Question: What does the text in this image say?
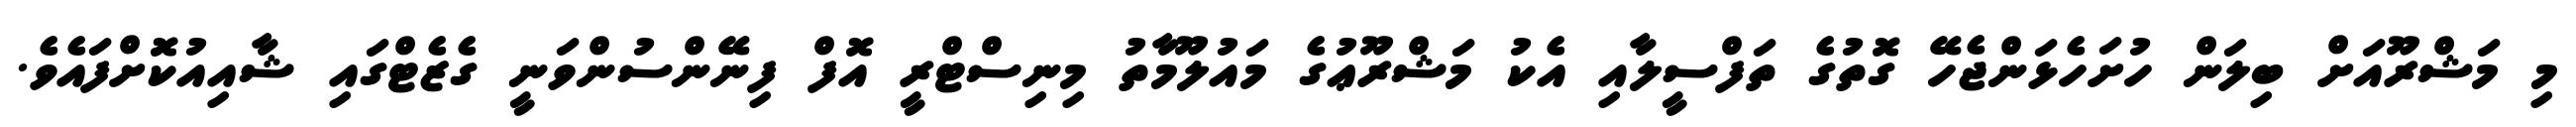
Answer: މި މަޝްރޫއަށް ބިލަން ހުށަހެޅަންޖެހޭ ގޮތުގެ ތަފްސީލާއި އެކު މަޝްރޫޢުގެ މައުލޫމާތު މިނިސްޓްރީ އޮފް ފިނޭންސުންވަނީ ގެޒެޓްގައި ޝާއިއުކޮށްފައެވެ.